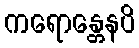
ကရောန္တေနပိ